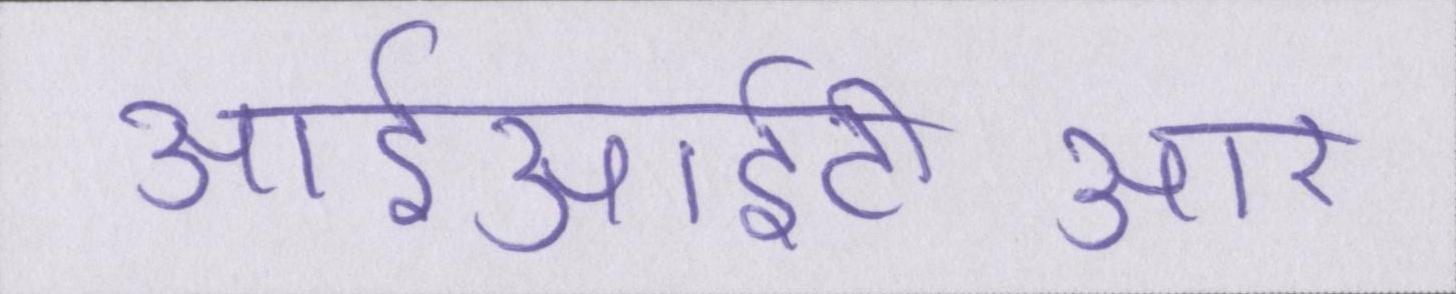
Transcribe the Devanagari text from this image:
आईआईटीआर